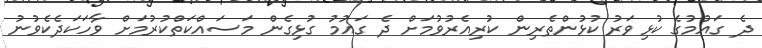
ދެ ގައުމުގެ ކުޅިވަރު ކުޅުންތެރިން ކުރިއެރުވުމަށް ދެ ގައުމު ގުޅިގެން މަސައްކަތްކުރުމަށް ވާހަކަދެކެވުނު